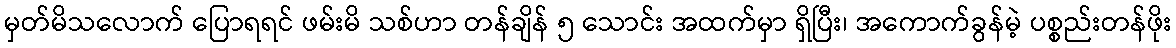
မှတ်မိသလောက် ပြောရရင် ဖမ်းမိ သစ်ဟာ တန်ချိန် ၅ သောင်း အထက်မှာ ရှိပြီး၊ အကောက်ခွန်မဲ့ ပစ္စည်းတန်ဖိုး